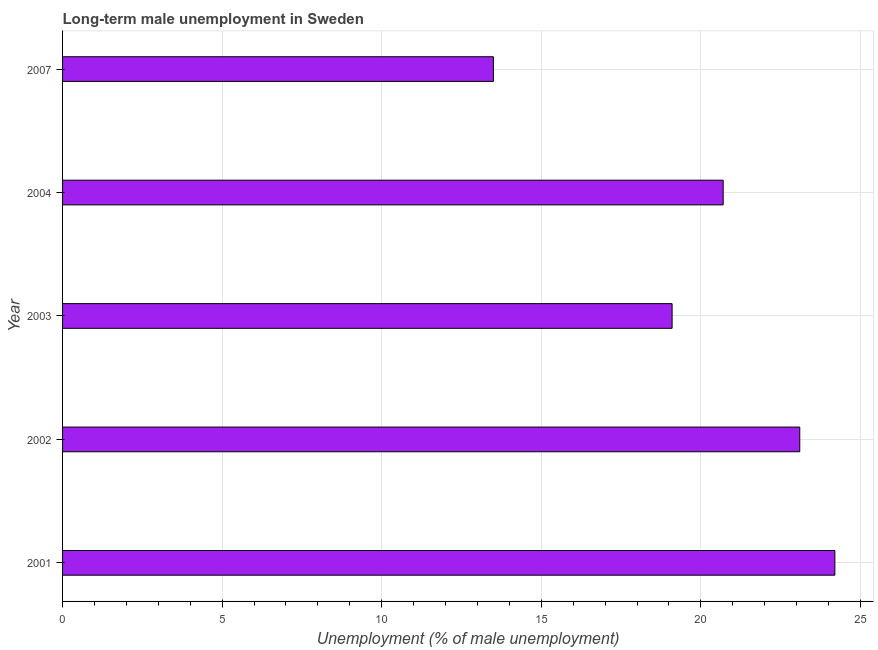
| Year | Long-term unemployment male |
 | --- | --- |
 | 2001 | 24.2 |
 | 2002 | 23.1 |
 | 2003 | 19.1 |
 | 2004 | 20.7 |
 | 2007 | 13.5 |